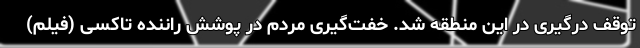
توقف درگیری در این منطقه شد. خفت‌گیری مردم در پوشش راننده تاکسی (فیلم)